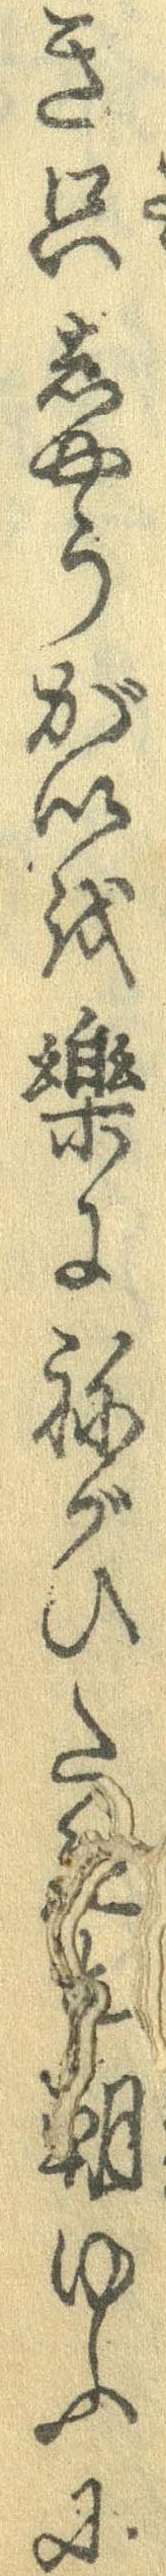
き只しゃうがいを楽にねがひたきと朝ゆふに